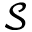
\mathcal { S }